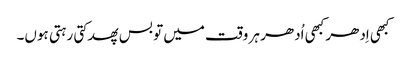
کبھی اِدھر کبھی اُدھر ہر وقت میں تو بس پھدکتی رہتی ہوں۔